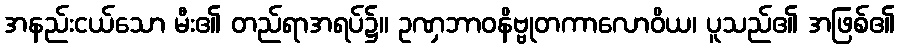
အနည်းငယ်သော မီး၏ တည်ရာအရပ်၌။ ဥဏှဘာဝနိဗ္ဗုတကာလောဝိယ၊ ပူသည်၏ အဖြစ်၏